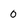
Character: 0